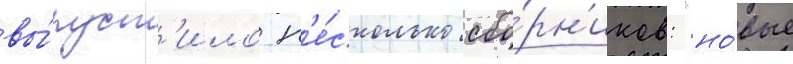
вы́пуст'ило н'е́сколько сбо́рн'иков: "но́вые